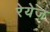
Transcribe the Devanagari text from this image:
रेयेज